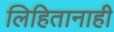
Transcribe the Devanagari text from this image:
लिहितानाही